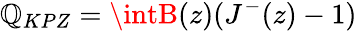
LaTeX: \mathbb{Q}_{KPZ}=\intB(z)(J^{-}(z)-1)